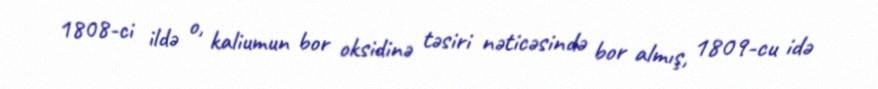
1808-ci ildə o, kaliumun bor oksidinə təsiri nəticəsində bor almış, 1809-cu idə